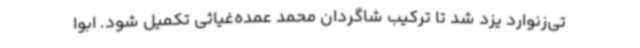
تی‌زنوارد یزد شد تا ترکیب شاگردان محمد عمده‌غیاثی تکمیل شود. ابوا